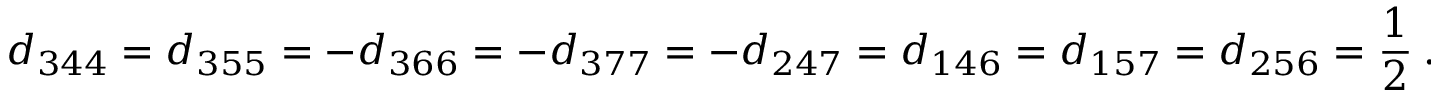
d _ { 3 4 4 } = d _ { 3 5 5 } = - d _ { 3 6 6 } = - d _ { 3 7 7 } = - d _ { 2 4 7 } = d _ { 1 4 6 } = d _ { 1 5 7 } = d _ { 2 5 6 } = { \frac { 1 } { 2 } } ~ .